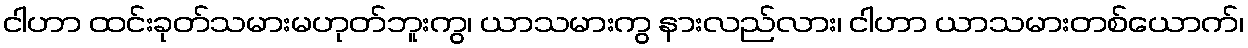
ငါဟာ ထင်းခုတ်သမားမဟုတ်ဘူးကွ၊ ယာသမားကွ နားလည်လား၊ ငါဟာ ယာသမားတစ်ယောက်၊